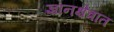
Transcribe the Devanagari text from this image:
ज्ञानक्षेत्रांत